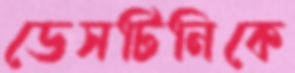
ডেসটিনিকে